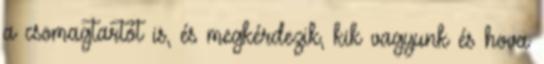
a csomagtartót is, és megkérdezik, kik vagyunk és hova